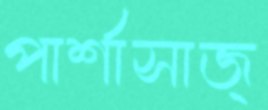
পার্শাসাজ্